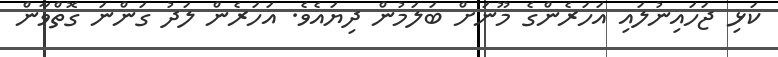
ކަޅި ޖަހައިނުލައި އަހަރެންގެ މޫނަށް ބަލަމުން ދިޔައެވެ. އަހަރެން ލަދު ގަންނަ ގޮތްވާން